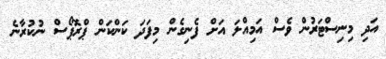
އަދި މިނިސްޓަރުން ވެސް އަމިއްލަ އަށް ފެނިގެން މިފަދަ ކަންކަން ޕްރޮޕޯސް ނުކުރާނެ